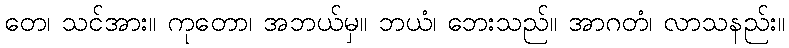
တေ၊ သင်အား။ ကုတော၊ အဘယ်မှ။ ဘယံ၊ ဘေးသည်။ အာဂတံ၊ လာသနည်း။